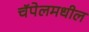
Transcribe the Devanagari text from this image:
चॅपेलमधील